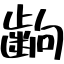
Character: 齣